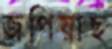
জপিয়াছ